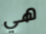
هي